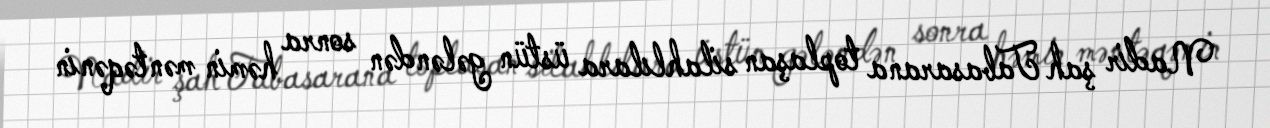
Nadir şah Tabasarana toplaşan silahlılara üstün gələndən sonra həmin məntəqənin